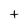
Character: t